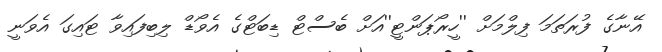
އޭނާގެ ފުރަތަމަ ފިލްމަށް ''ހީރޯޕަންޓީ''އަށް ބެސްޓް ޑިބަޓްގެ އެވޯޑް ލިބިފައިވާ ޓައިގަ އެވަނީ